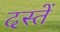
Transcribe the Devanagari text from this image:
दस्तें